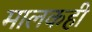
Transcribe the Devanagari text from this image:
मालकही